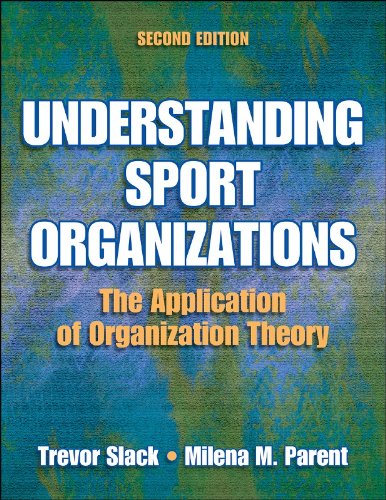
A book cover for Understanding Sport Organizations - 2nd Edition: The Application of Organization Theory; Trevor Slack; Sports & Outdoors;